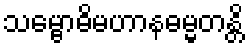
သမ္ဗောဓိမဟာနဓမ္မတန္တိ